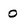
Character: o